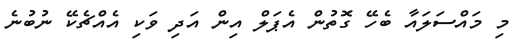
މި މައްސަލައާ ބެހޭ ގޮތުން އެޕަލް އިން އަދި ވަކި އެއްޗެކޭ ނުބުނެ